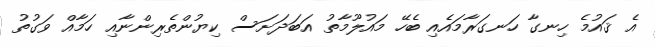
އެ ޤައުމެ ހިނގާ ހަނގަރާމައެއި ބެހޭ މައުލޫމާތު އަބަދަށަސް ކިޔުންތެރިންނާއި ހަމާއް ވަގުތު